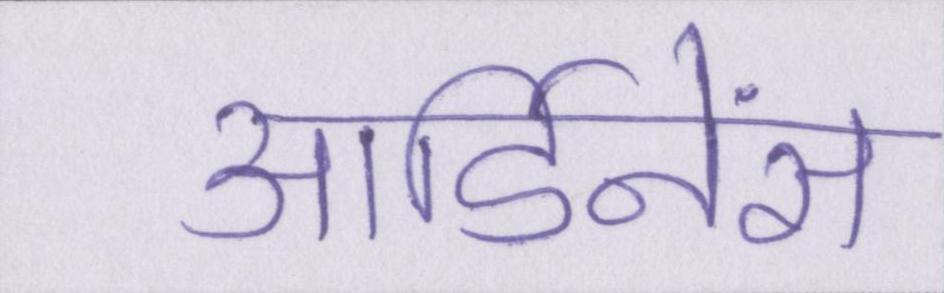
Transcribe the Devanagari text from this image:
आर्डिनेंस